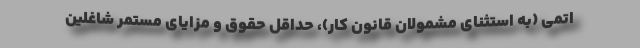
اتمی (به استثنای مشمولان قانون کار)، حداقل حقوق و مزایای مستمر شاغلین